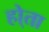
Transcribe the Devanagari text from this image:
हो्ता